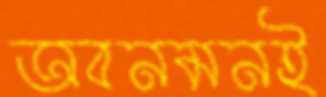
অবনমনই